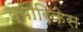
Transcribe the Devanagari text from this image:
द्वारिकेस